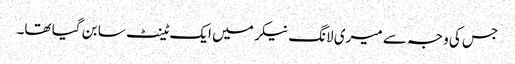
جس کی وجہ سے میری لانگ نیکر میں ایک ٹینٹ سا بن گیا تھا۔